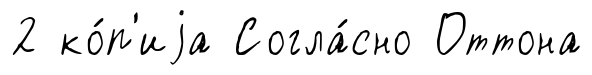
2 ко́п'иjа Согла́сно Оттона